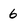
Character: 6